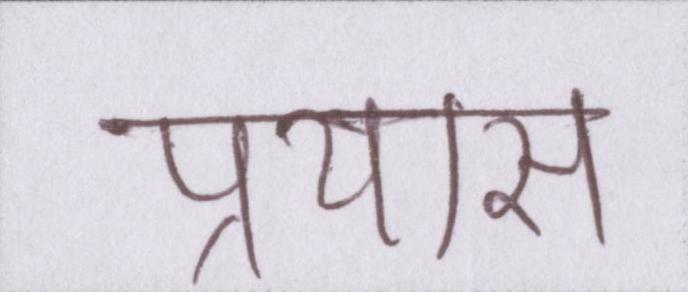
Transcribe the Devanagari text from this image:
प्रयास